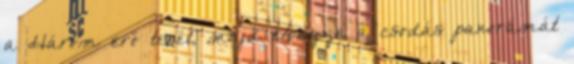
a Három erő terét, majd élvezze a csodás panorámát